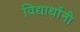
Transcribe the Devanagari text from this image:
विद्यार्थांनी